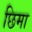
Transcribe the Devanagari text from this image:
छिमा